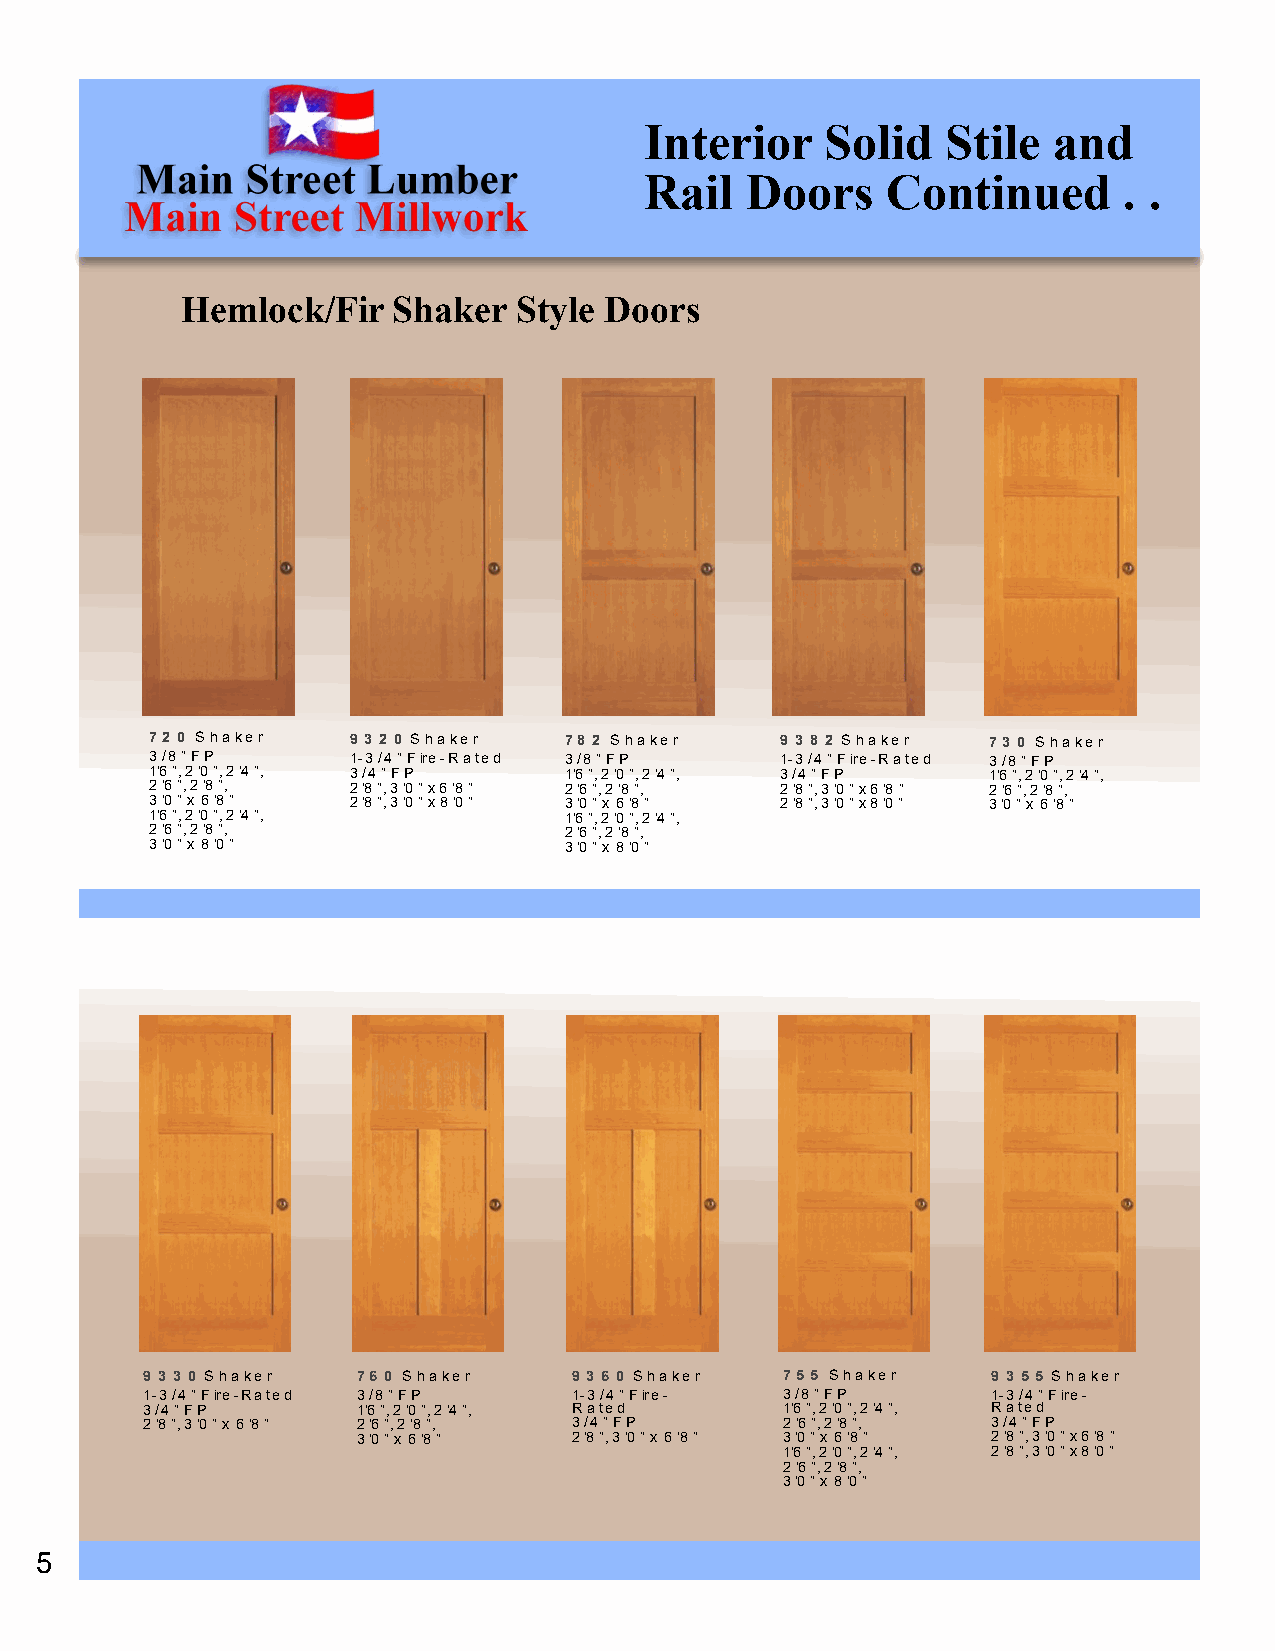
Interior    Solid   Stile  and
 Rail  Doors     Continued      . .
 Hemlock/Fir   Shaker  Style Doors
 72 0 Shaker  9 3 2 0 Shaker 78 2 Shaker   9 3 8 2 Shaker 73 0 Shaker
 3/8” FP      1-3/4” Fire-Rated 3/8” FP    1-3/4” Fire-Rated 3/8” FP
 1’6”, 2’0”, 2’4”, 3/4” FP  1’6”, 2’0”, 2’4”, 3/4” FP   1’6”, 2’0”, 2’4”,
 2’6”, 2’8”,  2’8”, 3’0” x 6’8” 2’6”, 2’8”, 2’8”, 3’0” x 6’8” 2’6”, 2’8”,
 3’0” x 6’8”  2’8”, 3’0” x 8’0” 3’0” x 6’8” 2’8”, 3’0” x 8’0” 3’0” x 6’8”
 1’6”, 2’0”, 2’4”,          1’6”, 2’0”, 2’4”,
 2’6”, 2’8”,                2’6”, 2’8”,
 3’0” x 8’0”                3’0” x 8’0”
 9 3 3 0 Shaker 76 0 Shaker   9 3 6 0 Shaker 755 Shaker   9 3 55 Shaker
 1-3/4” Fire-Rated 3/8” FP    1-3/4” Fire-  3/8” FP       1-3/4” Fire-
 3/4” FP        1’6”, 2’0”, 2’4”, Rated     1’6”, 2’0”, 2’4”, Rated
 2’8”, 3’0” x 6’8” 2’6”, 2’8”, 3/4” FP      2’6”, 2’8”,   3/4” FP
 3’0” x 6’8”   2’8”, 3’0” x 6’8” 3’0” x 6’8” 2’8”, 3’0” x 6’8”
 1’6”, 2’0”, 2’4”, 2’8”, 3’0” x 8’0”
 2’6”, 2’8”,
 3’0” x 8’0”
 5